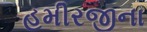
હમીરજીના